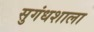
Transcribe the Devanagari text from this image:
सुगंधशाला